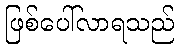
ဖြစ်ပေါ်လာရသည်